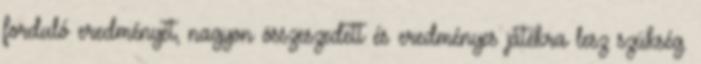
forduló eredményét, nagyon összeszedett és eredményes játékra lesz szükség.